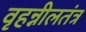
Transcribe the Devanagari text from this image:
वृहन्नीलतंत्र